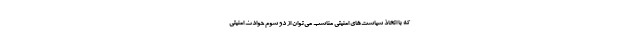
که با اتخاذ سیاست‌های امنیتی مناسب می‌توان از دو سوم حوادث امنیتی